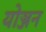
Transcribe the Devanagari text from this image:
योञ्जन